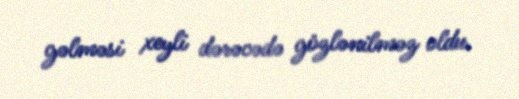
gəlməsi xeyli dərəcədə gözlənilməz oldu.